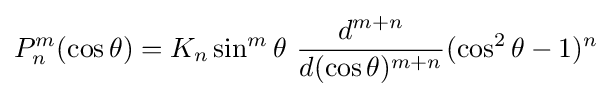
P_{n}^{m}(\cos \theta )=K_{n}\sin ^{m}\theta \ {\frac {d^{m+n}}{d(\cos \theta )^{m+n}}}(\cos ^{2}\theta -1)^{n}